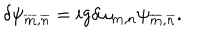
\delta \psi _ { \overline { { { \bf m } } } , \overline { { { n } } } } = i g \delta \omega _ { { \bf m } , n } \psi _ { \overline { { { \bf m } } } , \overline { { { n } } } } .